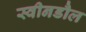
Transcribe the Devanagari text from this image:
स्वीनडौल